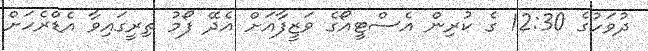
ދުވަހުގެ 12:30 ގެ ކުރިން އެސްޓީއޯގެ ވަޒީފާއަށް އެދޭ ފޯމު ތިރީގައިވާ އެޑްރެހަށް